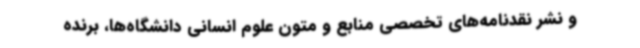
و نشر نقدنامه‌های تخصصی منابع و متون علوم انسانی دانشگاه‌ها، برنده